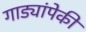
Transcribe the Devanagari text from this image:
गाड्यांपेकी